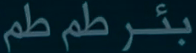
بئرٌ طمٌ